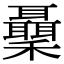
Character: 𥤋